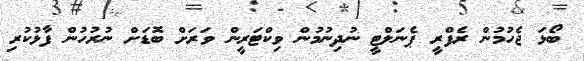
ބޯޅަ ޖެހުމުން ރެފްރީ ޕެނަލްޓީ ނުދިނުމުން ވިކްޓަރީން ވަރަށް ބޮޑަށް ނުރުހުން ފާޅުކުރި